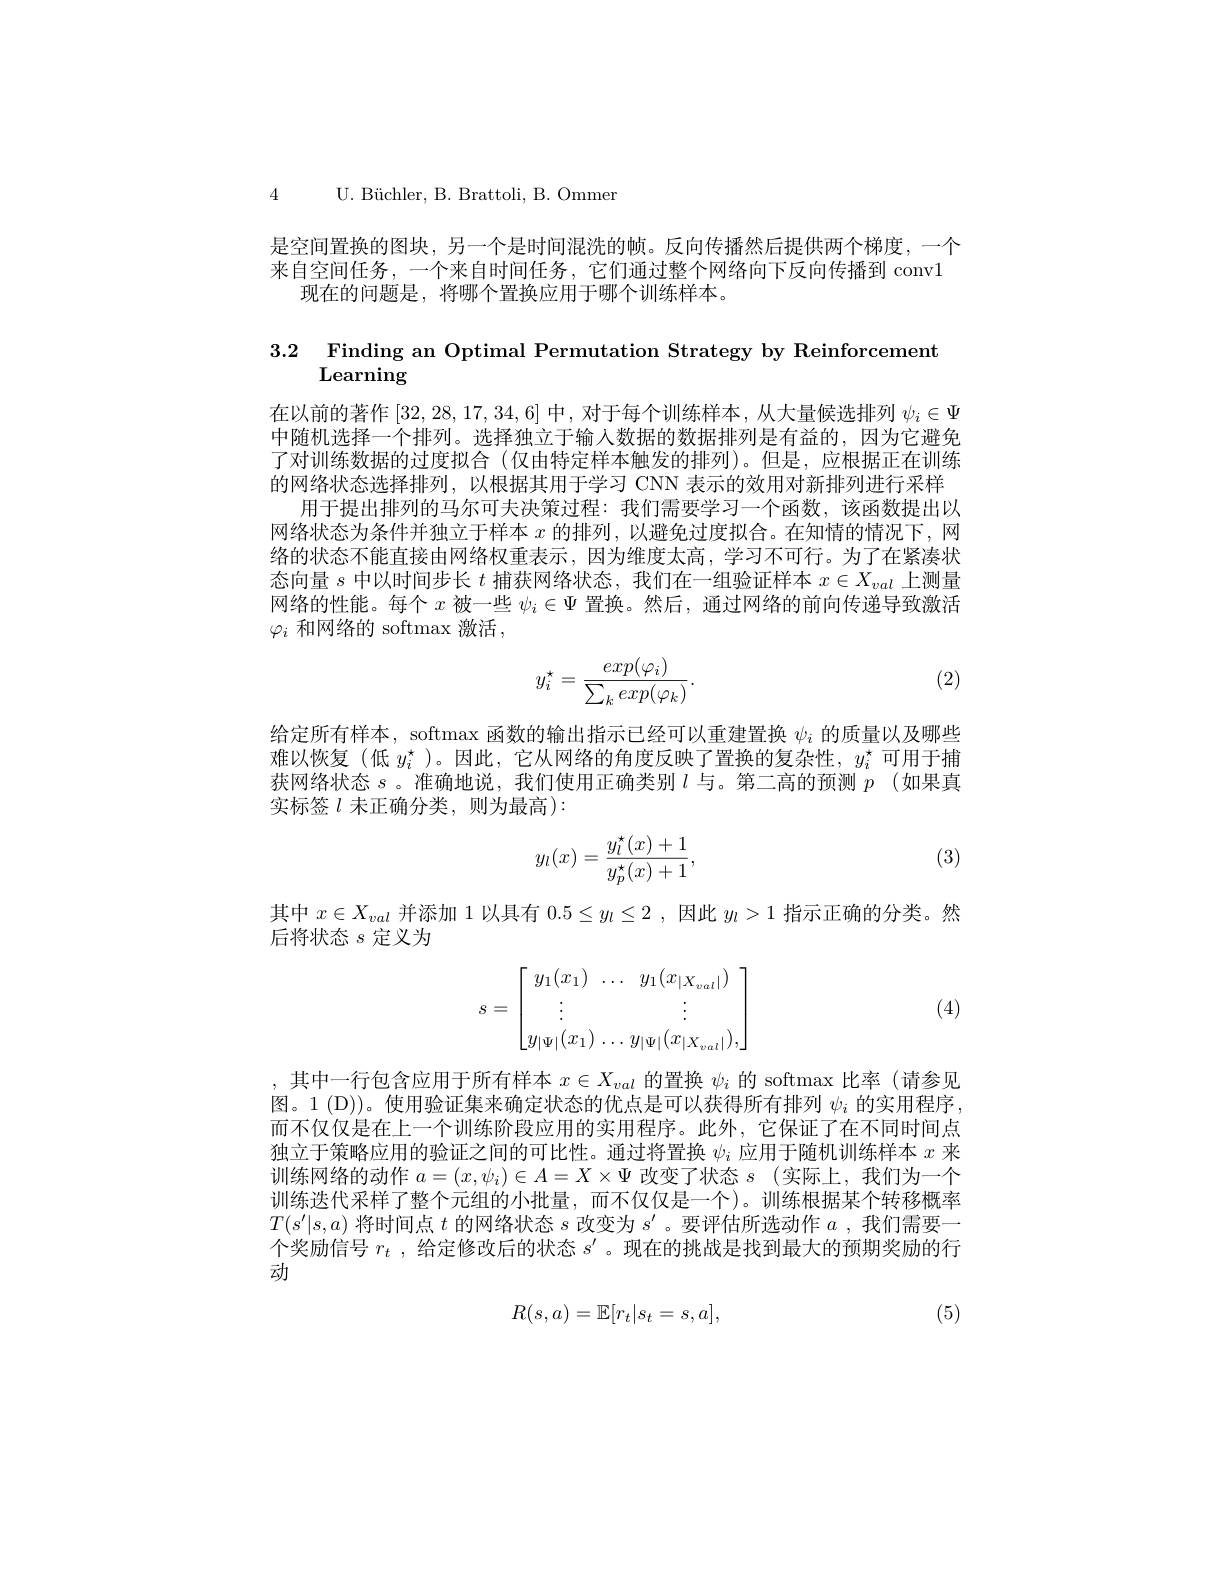
4 U. B$\" {u}$chler, B. Brattoli, B. Ommer

是空间置换的图块，另一个是时间混洗的帧。反向传播然后提供两个梯度，一个来自空间任务，一个来自时间任务，它们通过整个网络向下反向传播到 conv1
现在的问题是，将哪个置换应用于哪个训练样本。

$\begin{array}{ll}{3.2}&{\mathrm{Finding~an~Optimal~Permutation~Strategy~by~Reinforcement}}\\&{\mathrm{Learning}}\end{array}$

在以前的著作[32,28,17,34,6]中，对于每个训练样本，从大量候选排列$\psi_i\in\Psi$ 中随机选择一个排列。选择独立于输入数据的数据排列是有益的，因为它避免了对训练数据的过度拟合(仅由特定样本触发的排列)。但是，应根据正在训练的网络状态选择排列，以根据其用于学习 CNN 表示的效用对新排列进行采样
用于提出排列的马尔可夫决策过程：我们需要学习一个函数，该函数提出以网络状态为条件并独立于样本$x$的排列，以避免过度拟合。在知情的情况下，网络的状态不能直接由网络权重表示，因为维度太高，学习不可行。为了在紧凑状态向量$s$中以时间步长$t$捕获网络状态，我们在一组验证样本$x\in X_val$上测量网络的性能。每个$x$被一些$\psi_i\in\Psi$置换。然后，通过网络的前向传递导致激活$\varphi_i$和网络的 softmax 激活，
$$y_i^\star=\frac{exp(\varphi_i)}{\sum_kexp(\varphi_k)}.$$
(2)

给定所有样本，softmax 函数的输出指示已经可以重建置换$\psi_i$的质量以及哪些难以恢复(低$y_i^{\star}$ )。因此，它从网络的角度反映了置换的复杂性，$y_i^{\star}$可用于捕获网络状态$s$。准确地说，我们使用正确类别$l$与。第二高的预测$p$ (如果真实标签 $l$ 未正确分类，则为最高):

(3)
$$y_l(x)=\frac{y_l^\star(x)+1}{y_p^\star(x)+1},$$
其中$x\in X_{val}$并添加 1 以具有$0.5\leq y_l\leq2$ ,因此$y_l>1$指示正确的分类。然
后将状态$s$定义为
$$s=\begin{bmatrix}y_1(x_1)&\dots&y_1(x_{|X_{val}|})\\\vdots&&\vdots\\y_{|\Psi|}(x_1)&\dots y_{|\Psi|}(x_{|X_{val}|}),\end{bmatrix}$$
(4)

,其中一行包含应用于所有样本$x\in X_val$的置换$\psi_i$的 softmax 比率(请参见图。1 (D))。使用验证集来确定状态的优点是可以获得所有排列$\psi_i$的实用程序， 而不仅仅是在上一个训练阶段应用的实用程序。此外，它保证了在不同时间点独立于策略应用的验证之间的可比性。通过将置换$\psi_i$应用于随机训练样本$x$来训练网络的动作$a=(x,\psi_i)\in A=X\times\Psi$改变了状态$s$ (实际上，我们为一个训练迭代采样了整个元组的小批量，而不仅仅是一个)。训练根据某个转移概率$T(s^{\prime}|s,a)$将时间点$t$的网络状态$s$改变为$s^\prime$。要评估所选动作$a$ ,我们需要一个奖励信号$r_t$ ,给定修改后的状态$s^{\prime}$ 。现在的挑战是找到最大的预期奖励的行动

(5)
$$R(s,a)=\mathbb{E}[r_t|s_t=s,a],$$